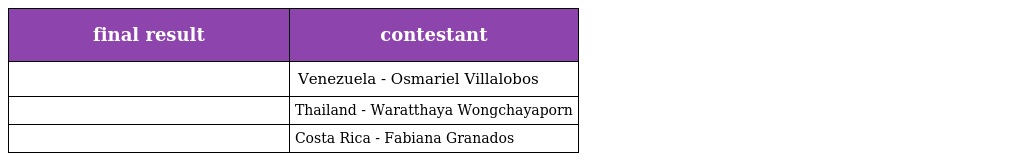
| final result | contestant |
 | --- | --- |
 |  | Venezuela - Osmariel Villalobos |
 |  | Thailand - Waratthaya Wongchayaporn |
 |  | Costa Rica - Fabiana Granados |